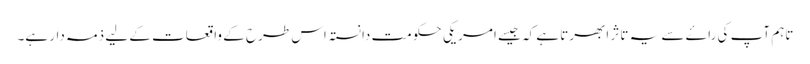
تاہم آپ کی راۓ سے یہ تاثر ابھرتا ہے کہ جیسے امریکی حکومت دانستہ اس طرح کے واقعات کے لیے ذمہ دار ہے۔